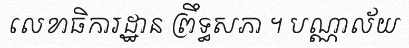
លេខាធិការដ្ឋាន ព្រឹទ្ធសភា ។ បណ្ណាល័យ